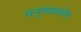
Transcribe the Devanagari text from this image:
मनुष्यावशेष